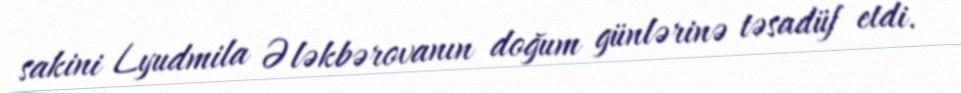
sakini Lyudmila Ələkbərovanın doğum günlərinə təsadüf etdi.